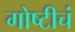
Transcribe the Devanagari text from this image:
गोष्टीचं